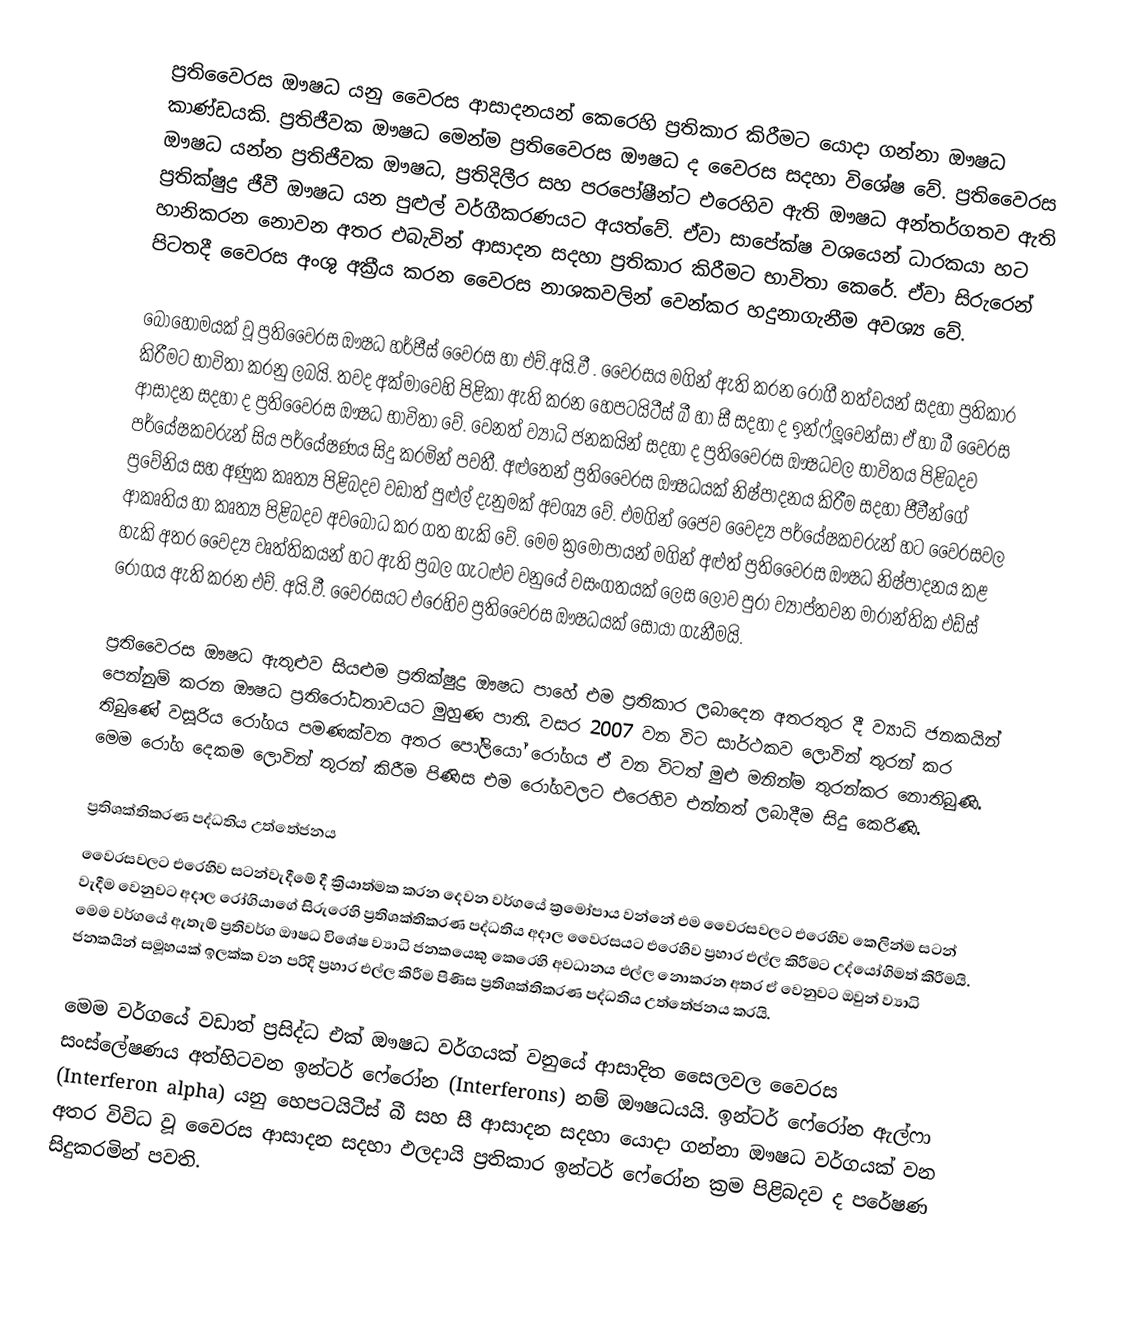
ප්‍රති‍වෛරස ඖෂධ යනු වෛරස ආසාදනයන් කෙරෙහි ප්‍රතිකාර කිරීමට යොදා ගන්නා ඖෂධ කාණ්ඩයකි. ප්‍රතිජීවක ඖෂධ මෙන්ම ප්‍රතිවෛරස ඖෂධ ද වෛරස සදහා  විශේෂ  වේ. ප්‍රතිවෛරස ඖෂධ යන්න ප්‍රතිජීවක ඖෂධ, ප්‍රතිදිලීර සහ පරපෝෂීන්ට එරෙහිව ඇති ඖෂධ අන්තර්ගතව ඇති  ප්‍රතික්ෂුද්‍ර ජීවී ඖෂධ යන පුළුල් වර්ගීකරණයට අයත්වේ. ඒවා සාපේක්ෂ වශයෙන් ධාරකයා හට හානිකරන නොවන අතර එබැවින් ආසාදන සදහා ප්‍රතිකාර කිරීමට භාවිතා කෙරේ. ඒවා සිරුරෙන් පිටතදී වෛරස අංශු අක්‍රීය කරන වෛරස නාශකවලින් වෙන්කර හදුනාගැනීම අවශ්‍ය වේ.

බොහොමයක් වූ ප්‍රතිවෛරස ඖෂධ හර්පීස් වෛරස හා එච්.අයි.වී . වෛරසය මගින් ඇති කරන රෝගී තත්වයන් සදහා ප්‍රතිකාර කිරීමට භාවිතා කරනු ලබයි. තවද අක්මාවෙහි පිළිකා ඇති කරන හෙපටයිටීස් බී හා  සී සදහා ද ඉන්ෆ්ලූවෙන්සා ඒ හා බී වෛරස ආසාදන සදහා ද ප්‍රතිවෛරස ඖෂධ භාවිතා‍ වේ. වෙනත් ව්‍යාධි ජනකයින් සදහා ද ප්‍රතිවෛරස ඖෂධවල  භාවිතය පිළිබදව පර්යේෂකවරුන් සිය පර්යේෂණය සිදු කරමින් පවතී. අළුතෙන් ප්‍රතිවෛරස ඖෂධයක් නිෂ්පාදනය කිරීම සදහා ජීවීන්ගේ ප්‍රවේනිය සහ අණුක කෘත්‍ය පිළිබදව වඩාත් පුළුල් දැනුමක් අවශ්‍ය වේ. එමගින් ජෛව වෛද්‍ය පර්යේෂකවරුන් හට වෛරසවල ආකෘතිය හා කෘත්‍ය පිළිබදව අවබෝධ කර ගත හැකි වේ.  මෙම ක්‍රමෝපායන් මගින් අළුත් ප්‍රතිවෛරස ඖෂධ නිෂ්පාදනය කළ හැකි අතර වෛද්‍ය වෘත්තිකයන් හට ඇති ප්‍රබල ගැටළුව වනුයේ වසංගතයක් ලෙස ලොව පුරා ව්‍යාප්තවන මාරාන්තික එඩ්ස් රෝගය ඇති කරන එච්. අයි.වී. වෛරසයට එරෙහිව ප්‍රතිවෛරස ඖෂධයක් සොයා ගැනීමයි.

ප්‍රතිවෛරස ඖෂධ ඇතුළුව සියළුම ප්‍රතික්ෂුද්‍ර ඖෂධ පාහේ එම ප්‍රතිකාර ලබාදෙන අතරතුර දී ව්‍යාධි ජනකයින් පෙන්නුම් කරන ඖෂධ ප්‍රතිරෝධතාවයට මුහුණ පාති. වසර 2007 වන විට සාර්ථකව ලොවින් තුරන් කර තිබුණේ වසූරිය රෝගය පමණක්වන අතර පෝලියෝ රෝගය ඒ වන විටත් මුළු මනින්ම තුරන්කර නොතිබුණි. මෙම රෝග දෙකම ලොවින් තුරන් කිරීම පිණිස  එම රෝගවලට එරෙහිව එන්නත් ලබාදීම සිදු කෙරිණි.

ප්‍රතිශක්තිකරණ පද්ධතිය උත්තේජනය
වෛරසවලට එරෙහිව සටන්වැදීමේ දී ක්‍රියාත්මක කරන දෙවන වර්ගයේ ක්‍රමෝපාය වන්නේ එම වෛරසවලට එරෙහිව කෙලින්ම සටන් වැදීම වෙනුවට අදාල රෝගියාගේ සිරුරෙහි ප්‍රතිශක්තිකරණ පද්ධතිය අදාල වෛරසයට එරෙහිව ප්‍රහාර එල්ල කිරීමට උද්යෝගිමත් කිරීමයි. මෙම වර්ගයේ ඇතැම් ප්‍රතිවර්ග ඖෂධ විශේෂ ව්‍යාධි ජනකයෙකු කෙරෙහි අවධානය එල්ල නොකරන අතර ඒ වෙනුවට ඔවුන් ව්‍යාධි ජනකයින් සමූහයක් ඉලක්ක වන පරිදි ප්‍රහාර එල්ල කිරීම පිණිස ප්‍රතිශක්තිකරණ පද්ධතිය උත්තේජනය කරයි.

මෙම වර්ගයේ වඩාත් ප්‍රසිද්ධ එක් ඖෂධ වර්ගයක් වනුයේ ආසාදිත සෛලවල වෛරස සංස්ලේෂණය අත්හිටවන ඉන්ටර් ෆේරෝන (Interferons) නම් ඖෂධයයි. ඉන්ටර් ෆේරෝන ඇල්ෆා (Interferon alpha) යනු හෙපටයිටීස් බී සහ සී ආසාදන සදහා යොදා ගන්නා ඖෂධ වර්ගයක් වන අතර විවිධ වූ වෛරස ආසාදන සදහා ඵලදායි ප්‍රතිකාර ඉන්ටර් ෆේරෝන ක්‍රම පිළිබදව ද පරේෂණ සිදුකරමින් පවති.